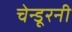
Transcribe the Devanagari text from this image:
चेन्डूरनी